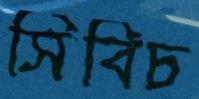
সিবিচ